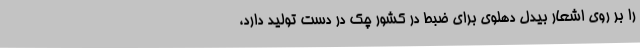
را بر روی اشعار بیدل دهلوی برای ضبط در کشور چک در دست تولید دارد،